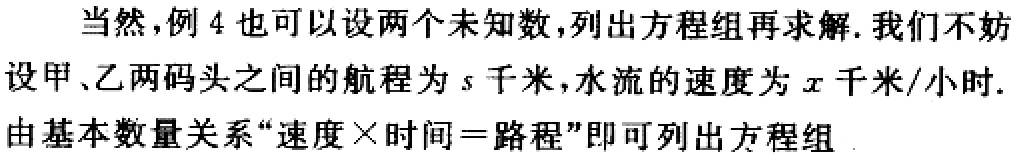
当然，例4也可以设两个未知数，列出方程组再求解. 我们不妨设甲、乙两码头之间的航程为\(s\)千米，水流的速度为\(x\)千米/小时. 由基本数量关系“速度×时间＝路程”即可列出方程组